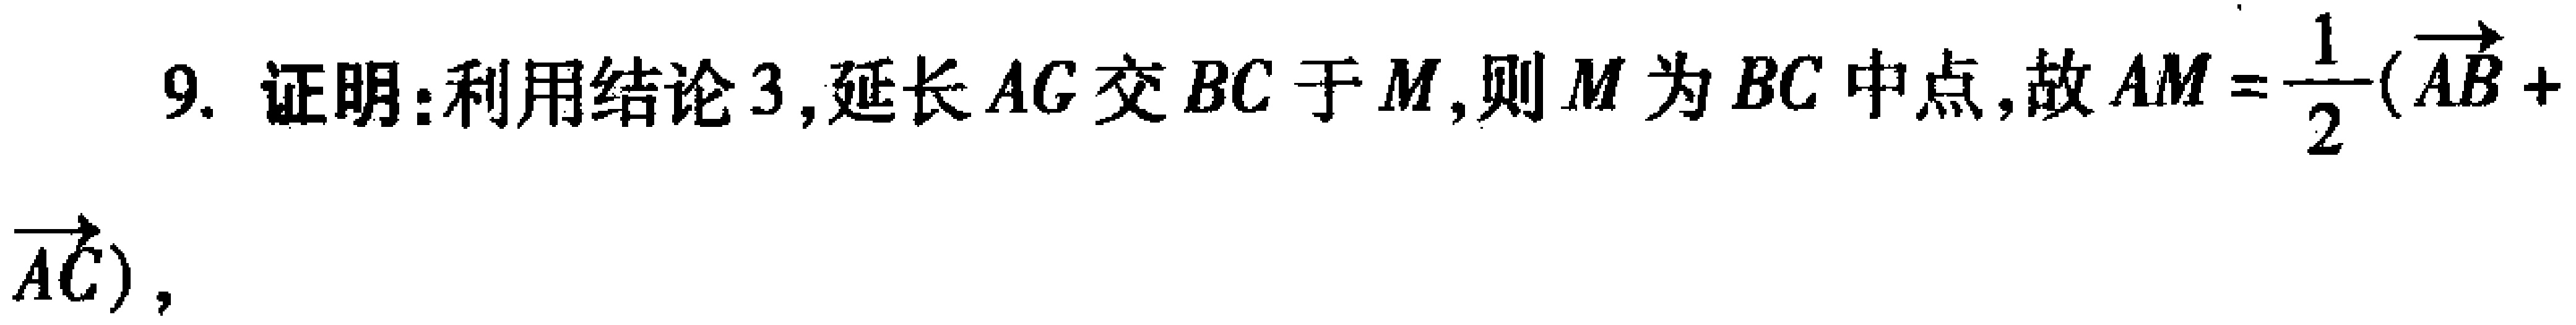
9. 证明：利用结论3,延长 \(AC\) 交 \(BC\) 于 \(M\),则 \(M\) 为 \(BC\) 中点,故 \(\overrightarrow{AM}=\frac{1}{2}(\overrightarrow{AB}+ \overrightarrow{AC})\),